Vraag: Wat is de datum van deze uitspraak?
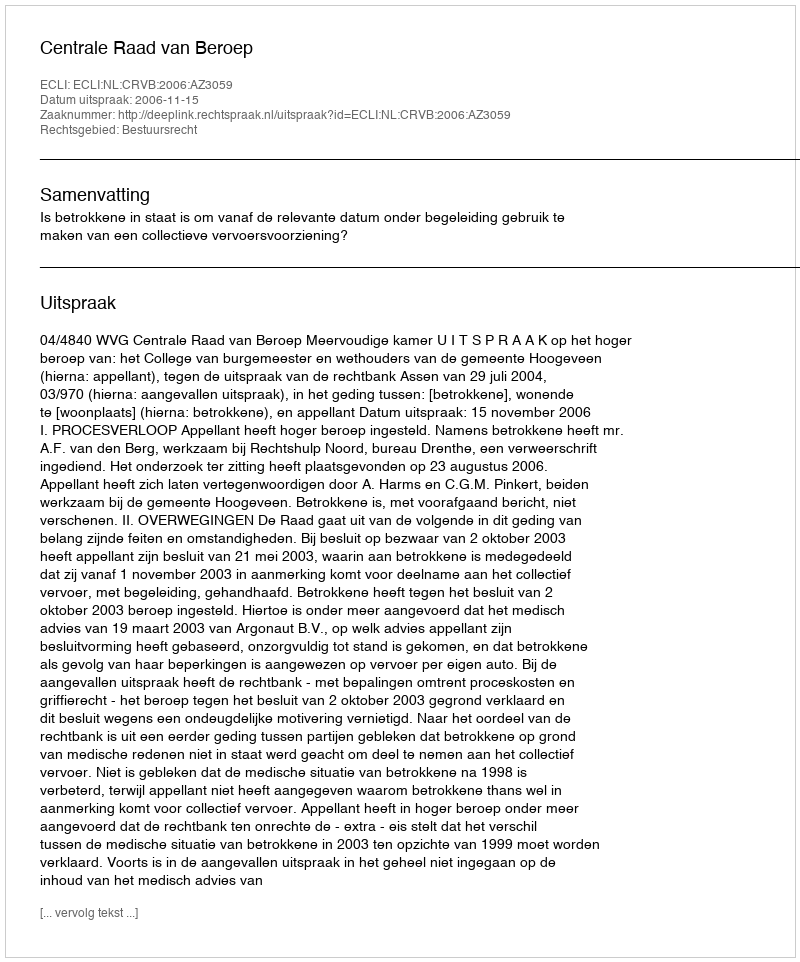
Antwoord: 2006-11-15